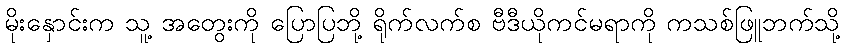
မိုးနှောင်းက သူ့ အတွေးကို ပြောပြဘို့ ရိုက်လက်စ ဗီဒီယိုကင်မရာကို ကသစ်ဖြူဘက်သို့